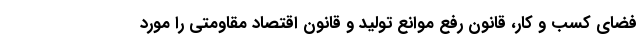
فضای کسب و کار، قانون رفع موانع تولید و قانون اقتصاد مقاومتی را مورد